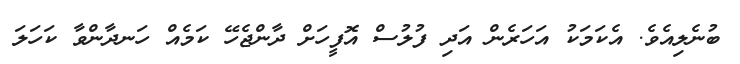
ބުނެލިއެވެ. އެކަމަކު އަހަރެން އަދި ފުލުސް އޮފީހަށް ދާންޖެހޭ ކަމެއް ހަނދާންވާ ކަހަލަ